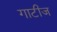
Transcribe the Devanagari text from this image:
गाटीज